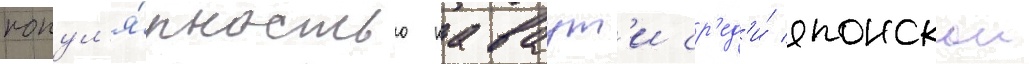
попул'я́рностью каваут'и ср'ед'и́ японскои